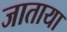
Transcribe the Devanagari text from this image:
जाताया